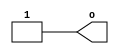
`timescale 1ns / 1ps
//////////////////////////////////////////////////////////////////////////////////
// Company: 
// Engineer: 
// 
// Design Name: 
// Module Name: self
// Project Name: 
// Target Devices: 
// Tool Versions: 
// Description: 
// 
// Dependencies: 
// 
// Revision:
// Revision 0.01 - File Created
// Additional Comments:
// 
//////////////////////////////////////////////////////////////////////////////////


module Power(
    output wire o
 );
    assign o = 1;
endmodule

module Ground(
    output wire o
);
    assign o = 0;
 endmodule

module select(
    input wire i_0,
    input wire i_1,
    input wire i_2,
    output wire o
);
assign o = i_0?i_2:i_1;
endmodule

module bcd_change(
    input wire A1,
    input wire B1,
    input wire C1,
    output wire a, b, c, d, e, f, g
);
    assign a = (A1 & ~B1 & ~C1) | (~A1 & ~B1 & C1);
    assign b = (A1 & B1 & ~C1) | (A1 & ~B1 & C1);
    assign c = ~A1 & B1 & ~C1;
    assign d = (~A1 & ~B1 & C1) | (A1 & ~B1 & ~C1) | (A1 & B1 & C1);
    assign e = C1 | (A1 & ~B1 & ~C1);
    assign f = (~A1 & C1) | (~A1 & B1) | (~B1 & C1);
    assign g = (~A1 & ~B1) | (A1 & B1 & C1);
endmodule

module nxor(
    input wire a, b,
    output wire o
);
    assign o = a^~b;
endmodule